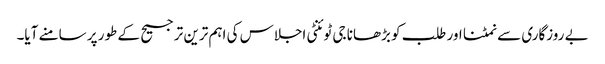
بے روزگاری سے نمٹنا اور طلب کو بڑھانا جی ٹوئنٹی اجلاس کی اہم ترین ترجیح کے طور پر سامنے آیا۔